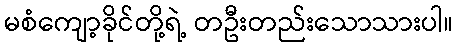
မစံကျော့ခိုင်တို့ရဲ့ တဦးတည်းသောသားပါ။